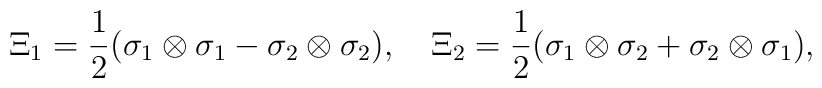
\Xi_1=\frac{1}{2}(\sigma_1\otimes\sigma_1-\sigma_2\otimes\sigma_2),\quad\Xi_2=\frac{1}{2}(\sigma_1\otimes\sigma_2+\sigma_2\otimes\sigma_1),